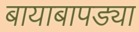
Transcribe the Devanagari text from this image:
बायाबापड्या